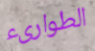
الطوارىء